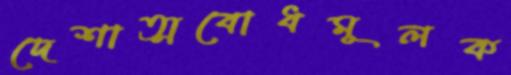
দেশাত্মবোধমূলক